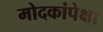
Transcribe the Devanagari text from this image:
मोदकांपेक्षा